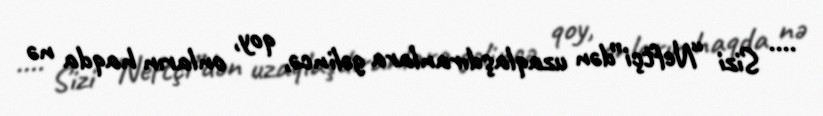
.... Sizi “Neftçi”dən uzaqlaşdıranlara gəlincə, qoy, onların haqda nə